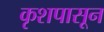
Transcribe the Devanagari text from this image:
कृशपासून